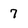
Character: 7